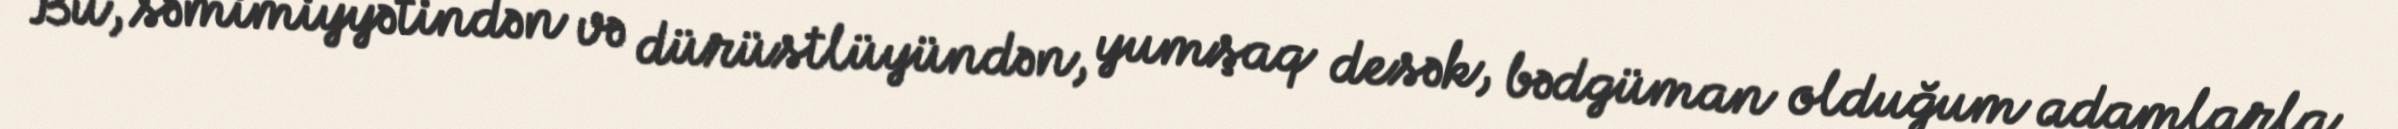
Bu, səmimiyyətindən və dürüstlüyündən, yumşaq desək, bədgüman olduğum adamlarla